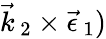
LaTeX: \vec{k}_{\, 2}\times\vec{\epsilon}_{\, 1})